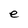
Character: e